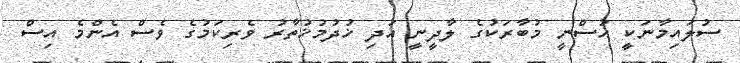
ސުލައިމާނަކީ ޙުސްނީ މުބާރަކުގެ ލާދީނީ އަދި ޚުދުމުޚުތާރު ވެރިކަމުގެ ވެސް އެންމެ އިސް